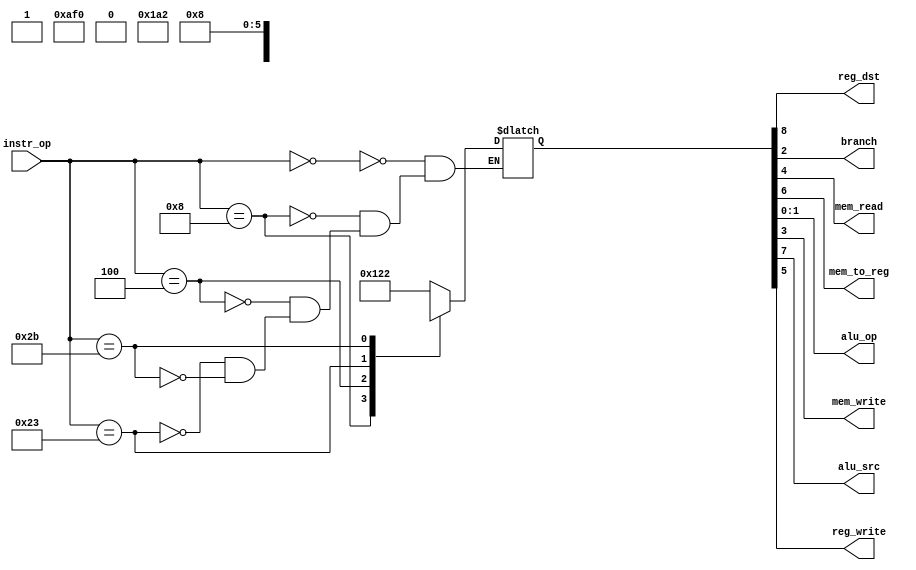
//=========================================================================
// Name & Email must be EXACTLY as in Gradescope roster!
// Name: Weijie Yuan    
// 
// Assignment name: 
// Lab section: 
// TA: 
// 
// I hereby certify that I have not received assistance on this assignment,
// or used code, from ANY outside source other than the instruction team
// (apart from what was provided in the starter file).
//
//=========================================================================

module controlUnit  (
    input  wire [5:0] instr_op, 
    output wire       reg_dst,   
    output wire       branch,     
    output wire       mem_read,  
    output wire       mem_to_reg,
    output wire [1:0] alu_op,        
    output wire       mem_write, 
    output wire       alu_src,    
    output wire       reg_write
    );

// ------------------------------
// Insert your solution below
// ------------------------------ 


reg [8:0] temp;

always @ (instr_op) begin
    case (instr_op)
    
        6'b000000: temp = 9'b100100010; //r
        6'b001000: temp = 9'b110100010; //imm
        6'b000100: temp = 9'bx0x000101; //beq
        6'b100011: temp = 9'b011110000; //lw
        6'b101011: temp = 9'bx1x001000; //sw
        
        
    endcase
end
assign reg_dst = temp[8];
assign alu_src = temp[7];
assign mem_to_reg = temp[6];
assign reg_write = temp[5];
assign mem_read = temp[4];
assign mem_write = temp[3];
assign branch = temp[2];
assign alu_op = temp[1:0];

endmodule